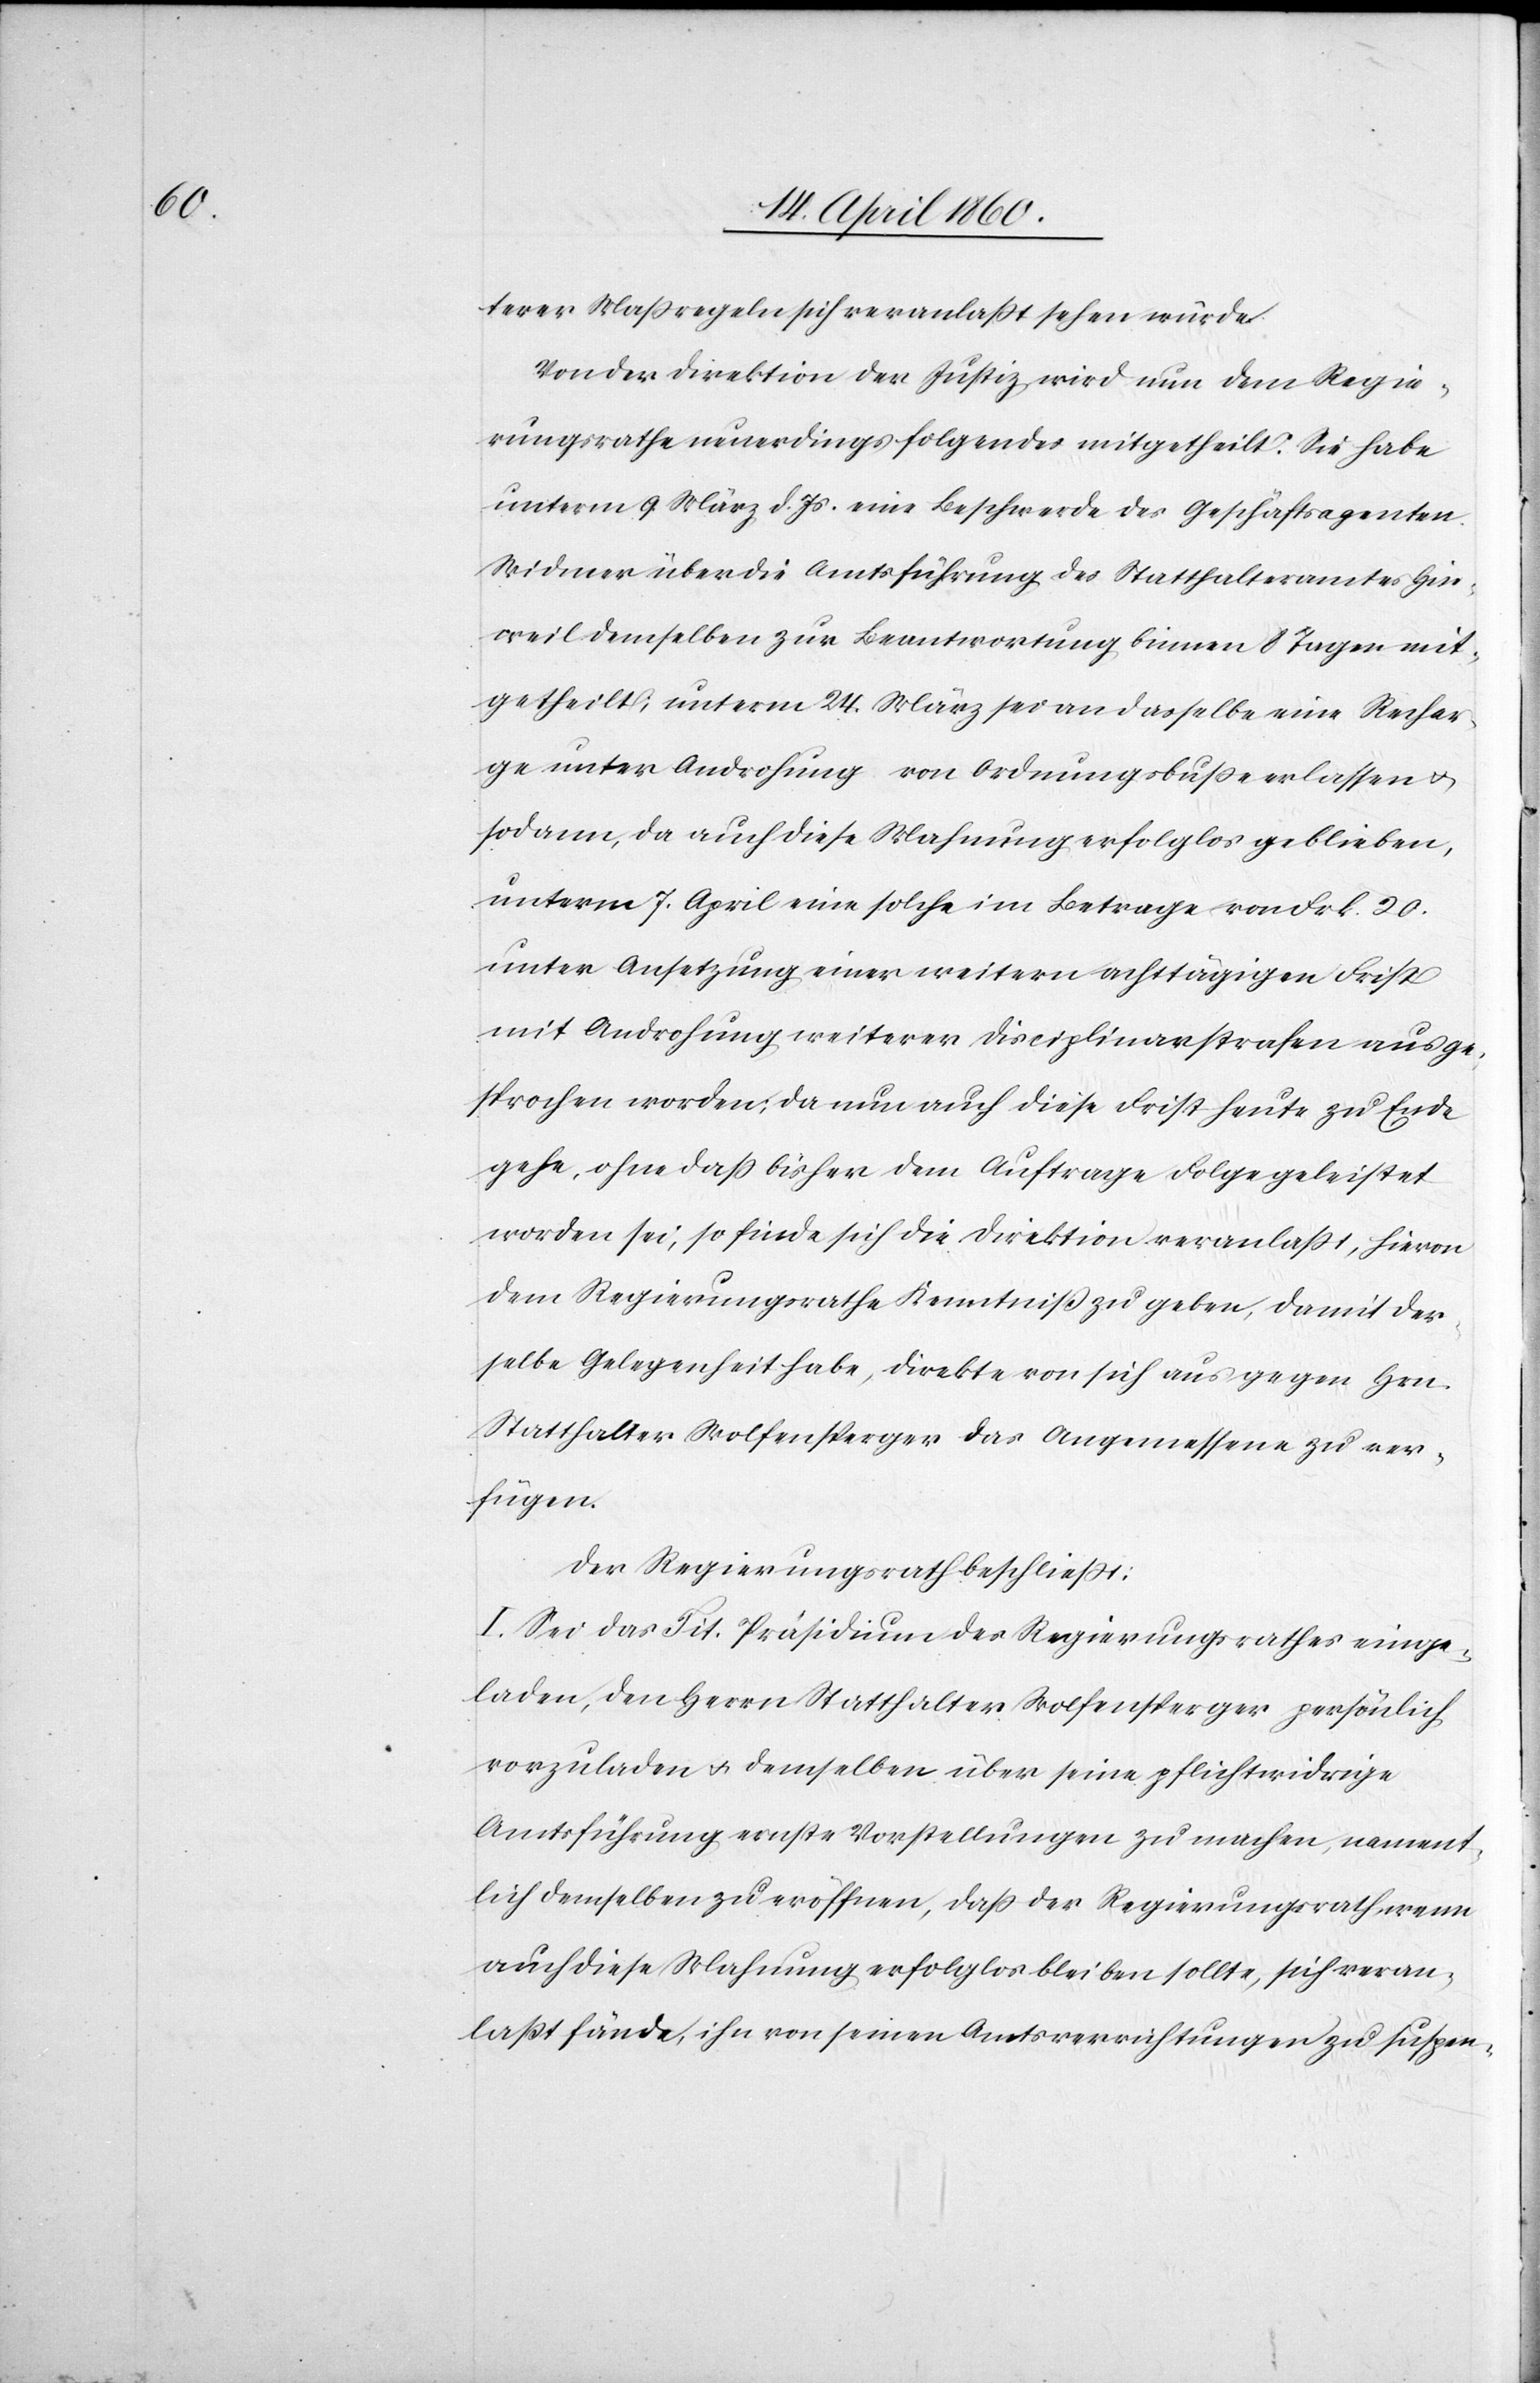
terer Maßregeln sich veranlasst sehen würde.
Von der Direktion der Justiz wird nun dem Regie¬
rungsrathe neuerdings folgendes mitgetheilt. Sie habe
unterm 9. März d. Js. eine Beschwerde des Geschäftsagenten
Widmer über die Amtsführung des Statthalteramtes Hin¬
weil demselben zur Beantwortung binnen 8 Tagen mit¬
getheilt; unterm 24. März sei an dasselbe eine Rechar¬
ge unter Androhung von Ordnungsbusse erlassen u.
sodann, da auch diese Mahnung erfolglos geblieben,
unterm 7. April eine solche im Betrage von Frk. 20.
unter Ansetzung einer weitern achttägigen Frist
mit Androhung weiterer Disciplinarstrafen ausge¬
sprochen worden; da nun auch diese Frist heute zu Ende
gehe, ohne dass bisher dem Auftrage Folge geleistet
worden sei, so finde sich die Direktion veranlasst, hievon
dem Regierungsrathe Kenntniss zu geben, damit der¬
selbe Gelegenheit habe, direkte von sich aus gegen Hrn.
Statthalter Wolfensperger das Angemessene zu ver¬
fügen.
Der Regierungsrath beschliesst:
I. Sei das Tit. Präsidium des Regierungsrathes einge¬
laden, den Herrn Statthalter Wolfensperger persönlich
vorzuladen u. demselben über seine pflichtwidrige
Amtsführung ernste Vorstellungen zu machen, nament¬
lich demselben zu eröffnen, dass der Regierungsrath, wenn
auch diese Mahnung erfolglos bleiben sollte, sich veran¬
lasst fände, ihn von seinen Amtsverrichtungen zu suspen-